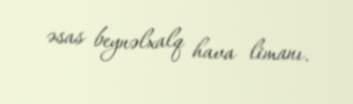
əsas beynəlxalq hava limanı.